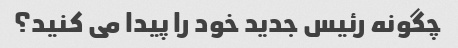
چگونه رئیس جدید خود را پیدا می کنید؟